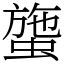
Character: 䗐